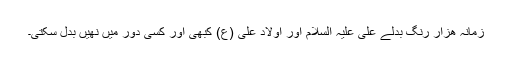
زمانہ ھزار رنگ بدلے علی علیہ السلام اور اولاد علی (ع) کبھی اور کسی دور میں نھیں بدل سکتی۔